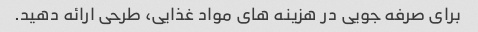
برای صرفه جویی در هزینه های مواد غذایی، طرحی ارائه دهید.